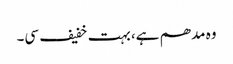
وہ مدھم ہے، بہت خفیف سی۔